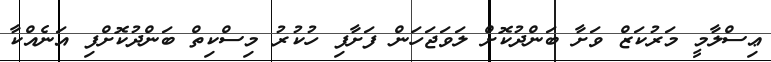
ޢިސްލާމީ މަރުކަޒް ވަށާ ބަންދުކޮށް ލަވަޖަހަން ފަށާފި ހުކުރު މިސްކިތް ބަންދުކޮށްފި އަަނެއްކާ